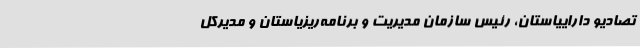
تصادیو داراییاستان، رئیس سازمان مدیریت و برنامه‌ریزیاستان و مدیرکل